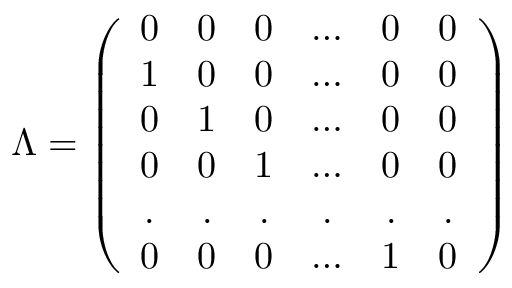
\Lambda = \left( \begin{array} { c c c c c c } { { 0 } } & { { 0 } } & { { 0 } } & { { \ldots } } & { { 0 } } & { { 0 } } \\ { { 1 } } & { { 0 } } & { { 0 } } & { { \ldots } } & { { 0 } } & { { 0 } } \\ { { 0 } } & { { 1 } } & { { 0 } } & { { \ldots } } & { { 0 } } & { { 0 } } \\ { { 0 } } & { { 0 } } & { { 1 } } & { { \ldots } } & { { 0 } } & { { 0 } } \\ { { . } } & { { . } } & { { . } } & { { . } } & { { . } } & { { . } } \\ { { 0 } } & { { 0 } } & { { 0 } } & { { \ldots } } & { { 1 } } & { { 0 } } \end{array} \right)